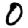
Digit: 0